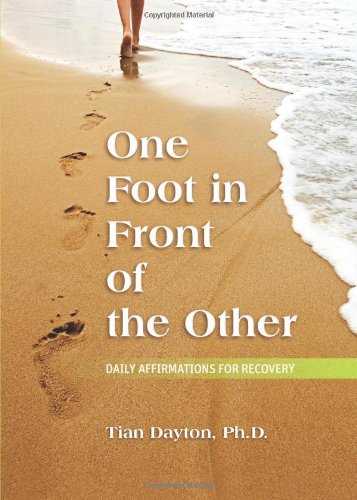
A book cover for One Foot in Front of the Other: Daily Affirmations for Recovery; Tian Dayton; Self-Help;